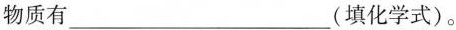
物质有___(填化学式)。